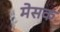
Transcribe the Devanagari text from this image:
मेसक